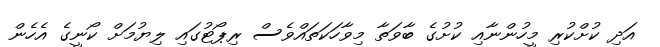
އަދި ކުށްކުރި މީހުންނާއި ކުށުގެ ބާވަތާ މިވާހަކަތައްވެސް ރިޕޯޓުގައި ލިޔުމަށް ކޯނީގެ އެހެން